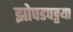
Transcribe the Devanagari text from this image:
झोपडपट्टया